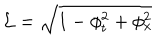
LaTeX: \mathcal { L } = \sqrt { 1 - \phi _ { t } ^ { 2 } + \phi _ { x } ^ { 2 } }